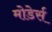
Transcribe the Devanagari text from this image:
मोडेर्स